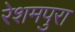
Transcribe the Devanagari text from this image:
रेशमपुरा